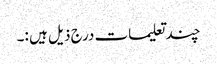
چند تعلیمات درج ذیل ہیں :۔